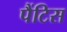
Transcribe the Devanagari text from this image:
पैंटिस